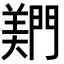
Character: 𬮎